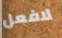
لافعل